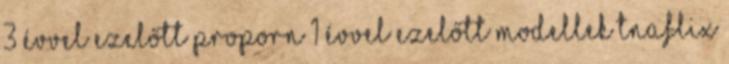
3 évvel ezelőtt ProPorn 1 évvel ezelőtt modellek TnAflix